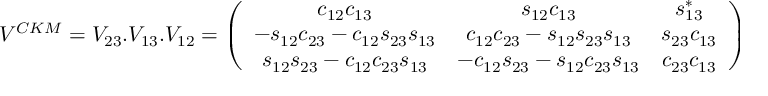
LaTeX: V ^ { C K M } = V _ { 2 3 } . V _ { 1 3 } . V _ { 1 2 } = \left( \begin{array} { c c c } { { c _ { 1 2 } c _ { 1 3 } } } & { { s _ { 1 2 } c _ { 1 3 } } } & { { s _ { 1 3 } ^ { * } } } \\ { { - s _ { 1 2 } c _ { 2 3 } - c _ { 1 2 } s _ { 2 3 } s _ { 1 3 } } } & { { c _ { 1 2 } c _ { 2 3 } - s _ { 1 2 } s _ { 2 3 } s _ { 1 3 } } } & { { s _ { 2 3 } c _ { 1 3 } } } \\ { { s _ { 1 2 } s _ { 2 3 } - c _ { 1 2 } c _ { 2 3 } s _ { 1 3 } } } & { { - c _ { 1 2 } s _ { 2 3 } - s _ { 1 2 } c _ { 2 3 } s _ { 1 3 } } } & { { c _ { 2 3 } c _ { 1 3 } } } \end{array} \right)